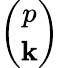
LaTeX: \binom{p}{\mathbf{k}}